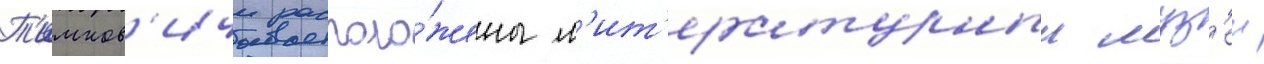
Т'имков'ичи располо́жены л'ит'ературныи муз'еи